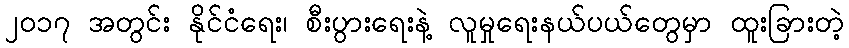
၂၀၁၇ အတွင်း နိုင်ငံရေး၊ စီးပွားရေးနဲ့ လူမှုရေးနယ်ပယ်တွေမှာ ထူးခြားတဲ့